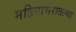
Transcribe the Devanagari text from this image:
महिनाभरातल्या